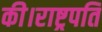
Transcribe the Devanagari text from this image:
की।राष्ट्रपति